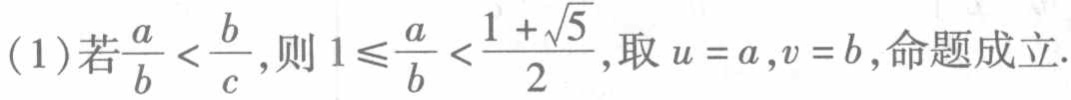
(1)若$\frac{a}{b}<\frac{b}{c}$,则$1\leqslant\frac{a}{b}<\frac{1 + \sqrt{5}}{2}$,取$u = a,v = b$,命题成立.